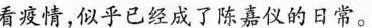
看疫情，似乎已经成了陈嘉仪的日常